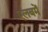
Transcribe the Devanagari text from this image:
एलबमें